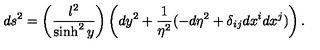
d s ^ { 2 } = \left( \frac { l ^ { 2 } } { \sinh ^ { 2 } y } \right) \left( d y ^ { 2 } + \frac { 1 } { \eta ^ { 2 } } ( - d \eta ^ { 2 } + \delta _ { i j } d x ^ { i } d x ^ { j } ) \right) .